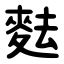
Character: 麮